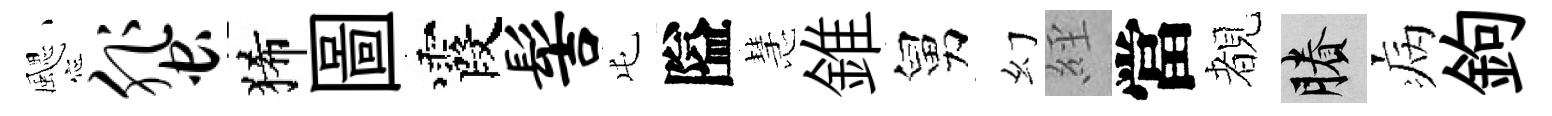
颸蜚狶圖霞髻屯隘慧錐舅幻𦀇當覩賸病鉤